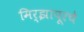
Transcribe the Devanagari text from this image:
मिर्झापूरचे